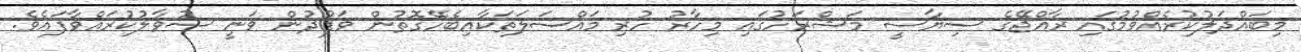
މިބައްދަލުކުރެއްވުމުގައި ރާއްޖޭގެ ސިޔާސީ މަޝްރަހުގައި މިހާރު ހުރި މައްސަލަތަކާއިބެހޭގޮތުން ވަފުދުން ވަނީ ސުވާލުކުރައްވާފައެވެ.